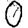
Digit: 0